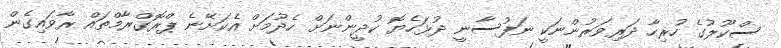
ސްކޫލުގެ ހުރިހާ ދަރިވަރުންނަކީ ނަފުސާނީ ދުޅަހެޔޮ ކުދީންނަށް ހެދުމަށް އެކަށޭނެ ޕްރޮގްރާމްތައް ރާވައިގެން